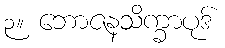
၃။ ဘောဇနသိက္ခာပုဒ်